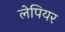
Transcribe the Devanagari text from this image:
लेपियर